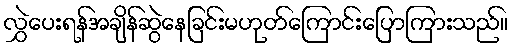
လွှဲပေးရန်အချိန်ဆွဲနေခြင်းမဟုတ်ကြောင်းပြောကြားသည်။